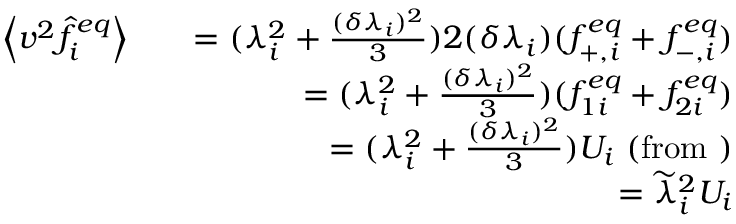
\begin{array} { r l r } { \left\langle v ^ { 2 } \hat { f } _ { i } ^ { e q } \right\rangle } & { } & { = ( \lambda _ { i } ^ { 2 } + \frac { ( \delta \lambda _ { i } ) ^ { 2 } } { 3 } ) 2 ( \delta \lambda _ { i } ) ( f _ { + , i } ^ { e q } + f _ { - , i } ^ { e q } ) } \\ & { } & { = ( \lambda _ { i } ^ { 2 } + \frac { ( \delta \lambda _ { i } ) ^ { 2 } } { 3 } ) ( f _ { 1 i } ^ { e q } + f _ { 2 i } ^ { e q } ) } \\ & { } & { = ( \lambda _ { i } ^ { 2 } + \frac { ( \delta \lambda _ { i } ) ^ { 2 } } { 3 } ) U _ { i } \mathrm { ~ ( f r o m ~ } ) } \\ & { } & { = \widetilde { \lambda } _ { i } ^ { 2 } U _ { i } } \end{array}